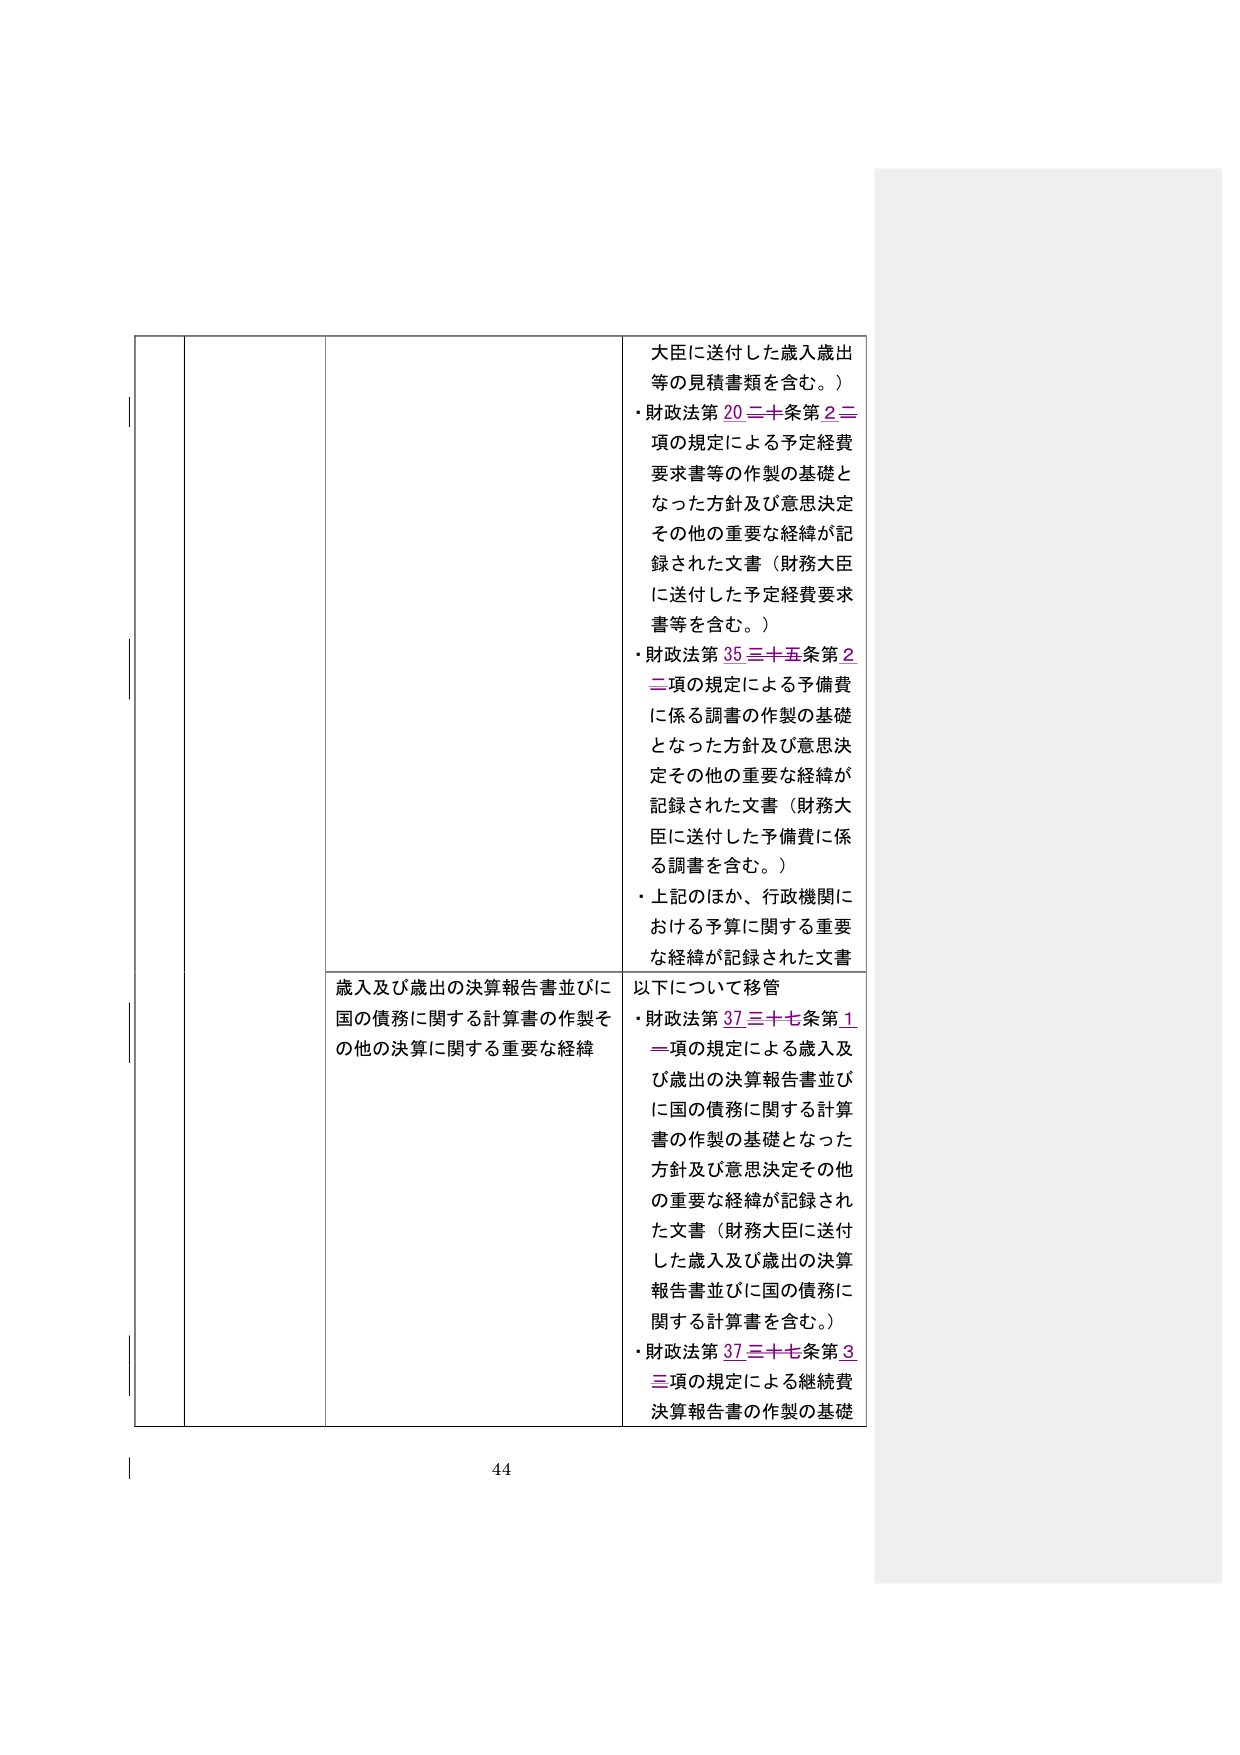
大臣に送付した歳入歳出
等の見積書類を含む。）
・財政法第20二十条第2二
項の規定による予定経費
要求書等の作製の基礎と
なった方針及び意思決定
その他の重要な経緯が記
録された文書（財務大臣
に送付した予定経費要求
書等を含む。）
・財政法第35三十五条第2
二項の規定による予備費
に係る調書の作製の基礎
となった方針及び意思決
定その他の重要な経緯が
記録された文書（財務大
臣に送付した予備費に係
る調書を含む。）
・上記のほか、行政機関に
おける予算に関する重要
な経緯が記録された文書

歳入及び歳出の決算報告書並びに
国の債務に関する計算書の作製そ
の他の決算に関する重要な経緯

以下について移管
・財政法第37三十七条第1
一項の規定による歳入及
び歳出の決算報告書並び
に国の債務に関する計算
書の作製の基礎となった
方針及び意思決定その他
の重要な経緯が記録され
た文書（財務大臣に送付
した歳入及び歳出の決算
報告書並びに国の債務に
関する計算書を含む。）
・財政法第37三十七条第3
三項の規定による継続費
決算報告書の作製の基礎

44